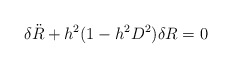
\begin{align*}\delta {\ddot R} + h^2(1-h^2D^2) \delta R =0\end{align*}